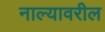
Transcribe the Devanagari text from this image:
नाल्यावरील